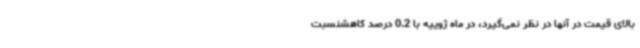
بالای قیمت در آنها در نظر نمی‌گیرد، در ماه ژوییه با 0.2 درصد کاهشنسبت